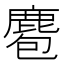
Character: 麅